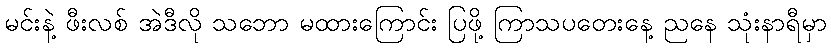
မင်းနဲ့ ဖီးလစ် အဲဒီလို သဘော မထားကြောင်း ပြဖို့ ကြာသပတေးနေ့ ညနေ သုံးနာရီမှာ